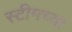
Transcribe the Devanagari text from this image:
स्टीमच्या